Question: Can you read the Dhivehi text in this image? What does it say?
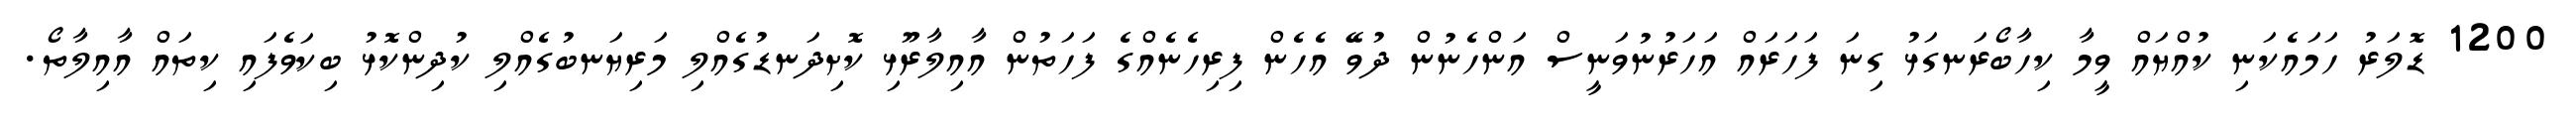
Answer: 1200 ޑޮލަރު ހަމައެކަނި ކުއްޔައް ވީމާ ކިހާބޯރަނގަޅު ގިނަ ފަހަރައް އަހަރުނުވަނީސް އަންހެނުން ދުވޭ އެހެން ފިރިހެނެއްގެ ފަހަތުން އާއިލާރޫޅި ކޮށިދަނޑުގެއްލި މަރިޔަނބުގެއްލި ކުދިންކޮޅު ބިކަވެފައި ކިތައް އާއިލާތޯ.